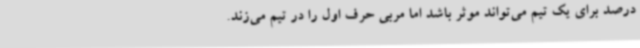
درصد برای یک تیم می‌تواند موثر باشد اما مربی حرف اول را در تیم می‌زند.